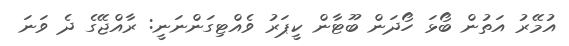
އުމޭރު އަތުން ބޯޅަ ހޯދަން ބޫޓާން ކީޕަރު ވެއްޓިގަންނަނީ: ރާއްޖޭގެ ދެ ވަނަ